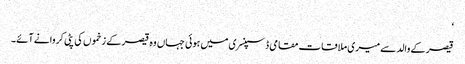
‘
قیصر کے والد سے میری ملاقات مقامی ڈسپنسری میں ہوئی جہاں وہ قیصر کے زخموں کی پٹی کروانے آئے۔